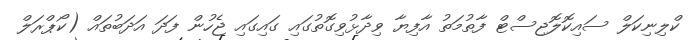
ކްލިނިކަލް ސައިކޮލޮޖިސްޓް ފާތުމަތު އާފިޔާ ވިދާޅުވިގޮތުގައި ގައިގައި ޖެހުން ފަދަ އަދަބުތައް (ކޯޕްރަލް